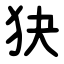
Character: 㹟